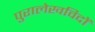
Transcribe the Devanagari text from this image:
पुरालेखविदों